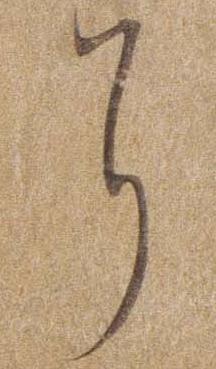
に